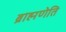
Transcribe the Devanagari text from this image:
ब्राह्मणेति